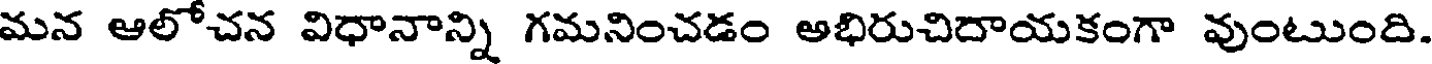
మన ఆలోచన విధానాన్ని గమనించడం అభిరుచిదాయకంగా వుంటుంది.